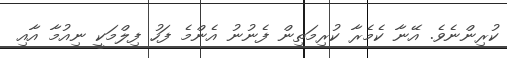
ކުރިންނެވެ. އޭނާ ކެމެރާ ކުރިމަތިން ފެނުނު އެންމެ ފަހު ފިލްމަކީ ނިއުމާ އާއި